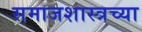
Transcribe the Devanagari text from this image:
समाजशास्त्रच्या